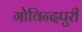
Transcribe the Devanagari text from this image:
गोविन्दपुरी